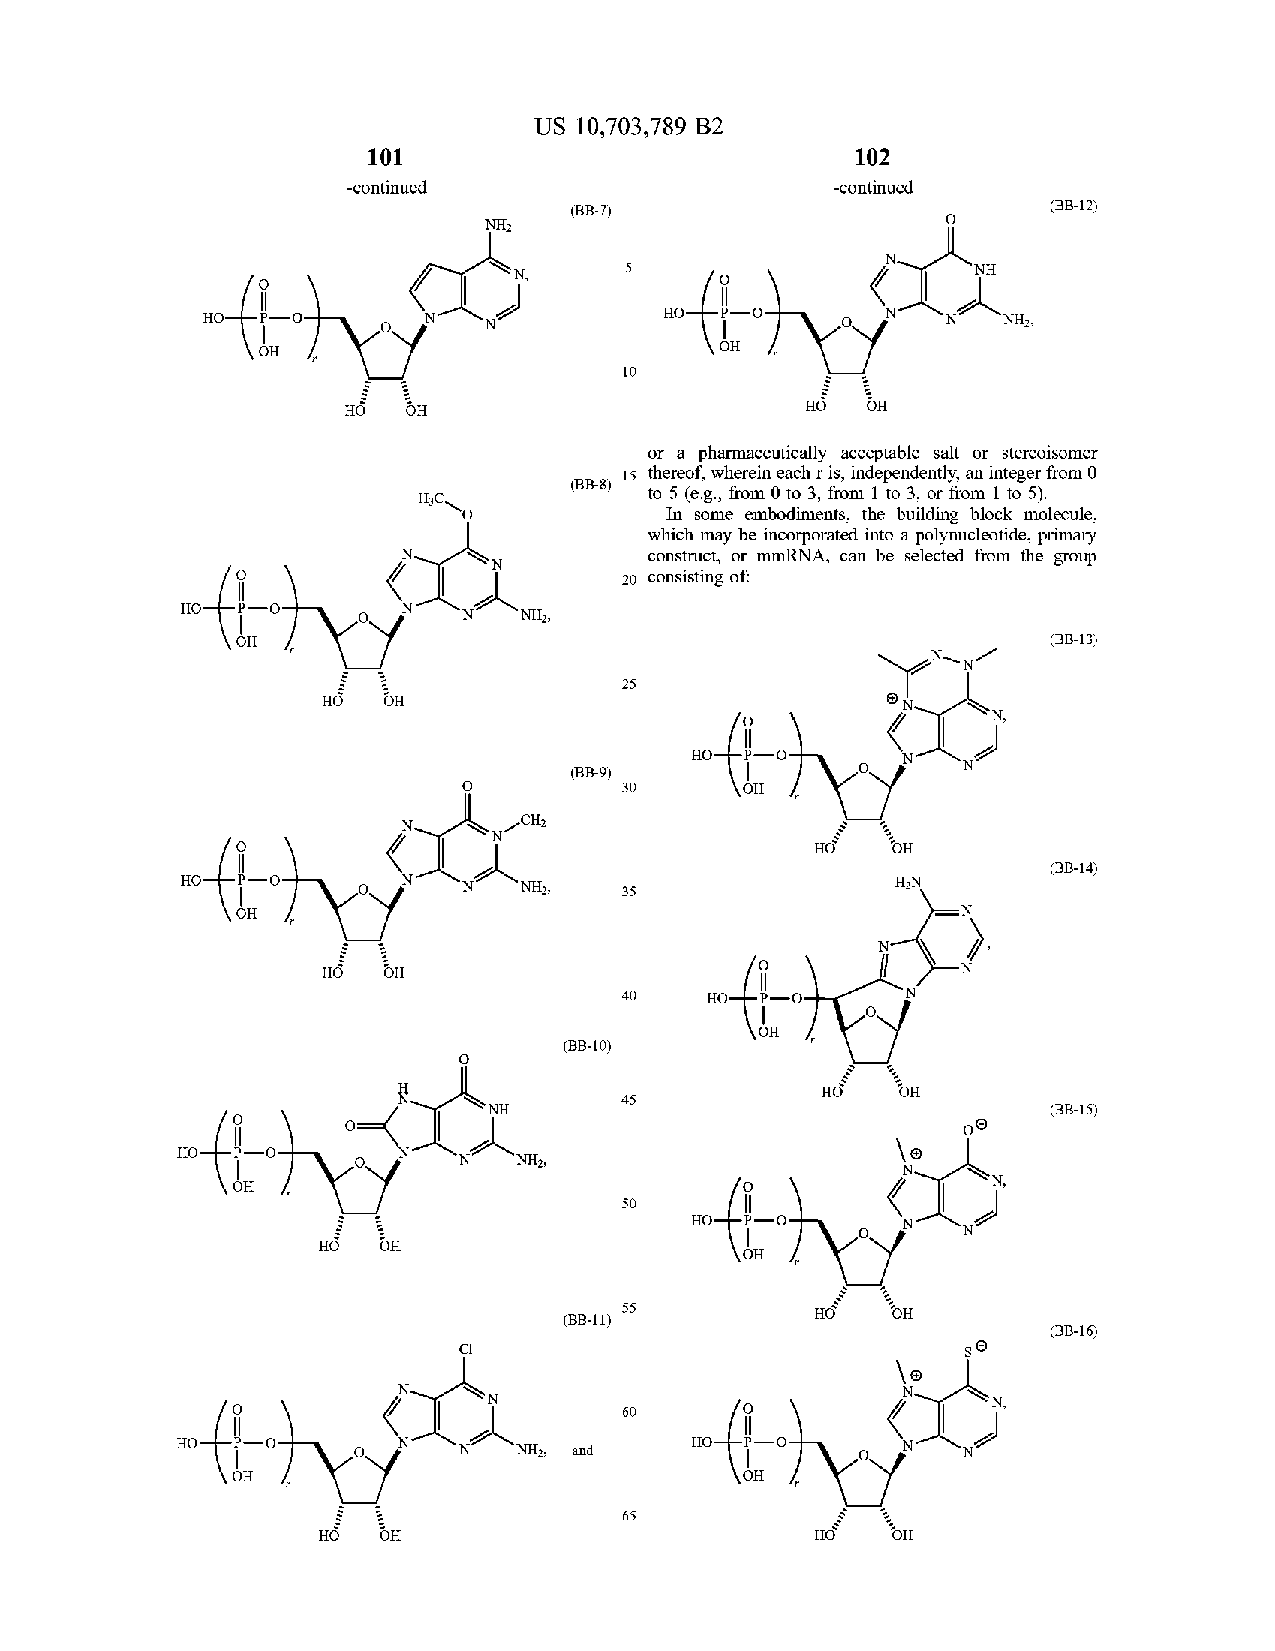
US 10,703,789 B2
 101                             102
 -continued                      -continued
 (B B - 7)                       (B B -1 2 )
 City             NH2
 ' N ,   5                     NH
 ?? .                          HO                     NH ,
 OH
 10
 HO  OH
 or a pharmaceutically acceptable saltor stereoisomer
 15 thereof, wherein each r is , independently , an integer from 0
 (B B - 8 ) to 5 ( e.g. , from 0 to 3 , from 1 to 3 , or from 1 to 5 ) .
 H3C
 In some embodiments , the building block molecule ,
 which may be incorporated into a polynucleotide, primary
 construct , or mmRNA , can be selected from the group
 20 consisting of:
 HO
 NH ,
 OH                                                    ( BB - 13)
 25
 HO  OH
 N ,
 ?? .
 (B B - 9 )
 30      OH
 CH2
 OH
 (B B - 14 )
 HO                     NH2,  35                H?N
 OH                                              N
 HO  OH
 40    ?? .
 OH
 ( BB - 10 )
 HO   OH
 ht                       45
 NH                                    (B B - 15 )
 ?? .              ' N NH2,
 OH                                                 N ,
 50
 HO
 HO  OH
 OH
 55           HO   OH
 (B B -1 1)
 (B B - 16 )
 N ,
 60
 HO                    NH , and    HO
 OH                                OH
 65
 HO  OH                           HO  POH